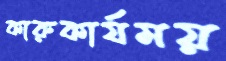
কারুকার্যময়